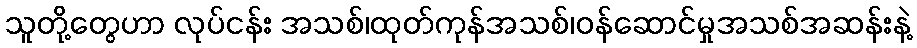
သူတို့တွေဟာ လုပ်ငန်း အသစ်၊ထုတ်ကုန်အသစ်၊ဝန်ဆောင်မှုအသစ်အဆန်းနဲ့